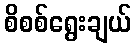
စိစစ်ရွေးချယ်